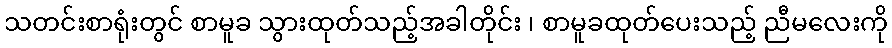
သတင်းစာရုံးတွင် စာမူခ သွားထုတ်သည့်အခါတိုင်း ၊ စာမူခထုတ်ပေးသည့် ညီမလေးကို